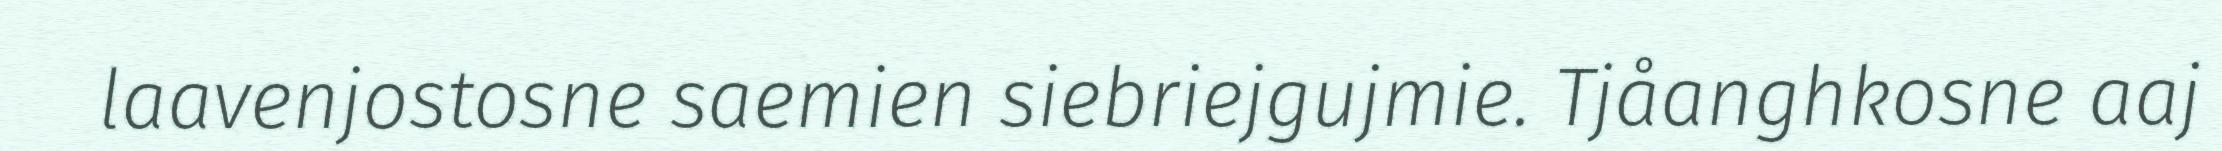
laavenjostosne saemien siebriejgujmie. Tjåanghkosne aaj